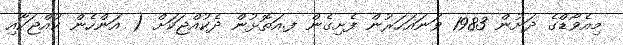
މިއެވޯޑްގެ ދަށުން 1983 ވަނައަހަރުން ފެށިގެން ފ.އަތޮޅުން ދެކުއްޖަކަށް ( އަންހެން ކުއްޖަކާއި